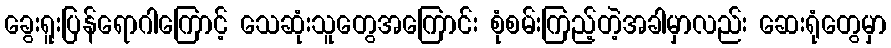
ခွေးရူးပြန်ရောဂါကြောင့် သေဆုံးသူတွေအကြောင်း စုံစမ်းကြည့်တဲ့အခါမှာလည်း ဆေးရုံတွေမှာ